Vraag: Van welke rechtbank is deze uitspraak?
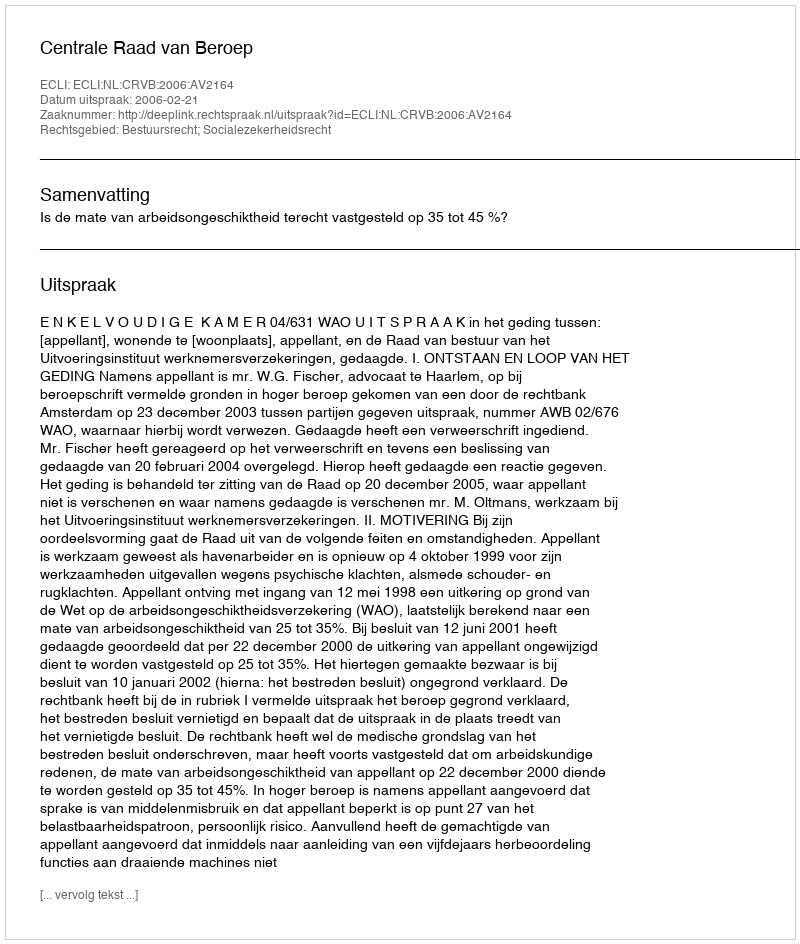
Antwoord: Centrale Raad van Beroep